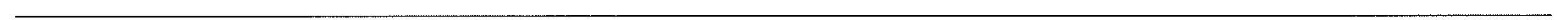
___